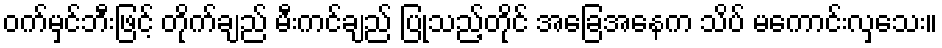
ဝက်မှင်ဘီးဖြင့် တိုက်ချည် မီးကင်ချည် ပြုသည့်တိုင် အခြေအနေက သိပ် မကောင်းလှသေး။